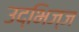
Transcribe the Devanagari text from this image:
उद्भिज्ज